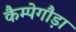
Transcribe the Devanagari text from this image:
कैम्पेगौड़ा